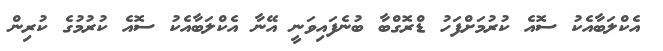
އެކްލަބާއެކު ސޮއެ ކުރުމަށްފަހު ޑްރޮގްބާ ބުނެފައިވަނީ އޭނާ އެކްލަބާއެކު ސޮއެ ކުރުމުގެ ކުރިން